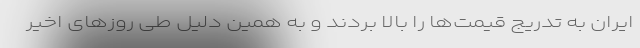
ایران به تدریج قیمت‌ها را بالا بردند و به همین دلیل طی روزهای اخیر